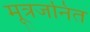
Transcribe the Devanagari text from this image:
मूत्रजनित